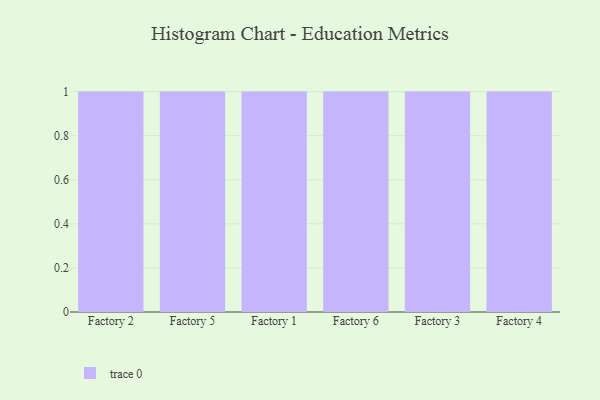
{"axis": {"x": "Factory", "y": "Shipments"}, "legend": [""], "data": [{"x": "Factory 2", "y": 54, "type": ""}, {"x": "Factory 5", "y": 97, "type": ""}, {"x": "Factory 1", "y": 53, "type": ""}, {"x": "Factory 6", "y": 83, "type": ""}, {"x": "Factory 3", "y": 36, "type": ""}, {"x": "Factory 4", "y": 1, "type": ""}]}